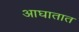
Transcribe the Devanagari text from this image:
आघातात